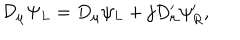
{ \cal D } _ { \mu } \Psi _ { L } = D _ { \mu } \psi _ { L } + j D _ { \mu } ^ { \prime } \psi _ { R } ^ { \prime } ,